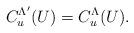
LaTeX: \begin{align*}C_u^{\Lambda'}(U)=C_u^\Lambda(U).\end{align*}